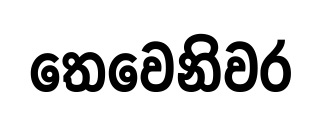
තෙවෙනිවර